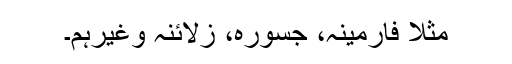
مثلا فارمینہ، جسورہ، زلائنہ وغیرہم۔